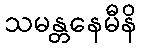
သမန္တနေမီနိ